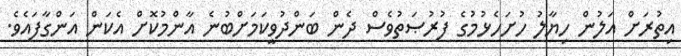
އިތުރަށް އަލުން ހިޔާލު ހުށަހެޅުމުގެ ފުރުޞަތުވެސް ދެން ބަންދުވީކަމަށްބުނެ އާންމުކޮށް އެކަން އަންގާފައެވެ.